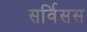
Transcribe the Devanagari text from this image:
सर्विसस